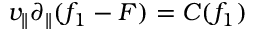
v _ { \| } \partial _ { \| } ( f _ { 1 } - F ) = C ( f _ { 1 } )